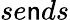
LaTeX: se\mathsf{n}ds